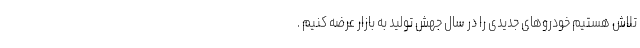
تلاش هستیم خودروهای جدیدی را در سال جهش تولید به بازار عرضه کنیم .